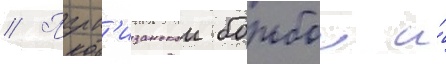
// Парт'изанскои борьбои и́